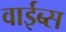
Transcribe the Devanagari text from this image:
वाईब्स